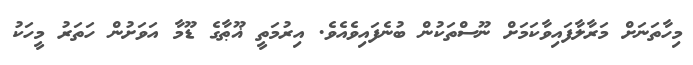
މިހާތަނަށް މަރާލާފައިވާކަމަށް ނޫސްތަކުން ބުނެފައިވެއެވެ. އިރުމަތީ ޣޫޠާގެ ޑޫމާ އަވަށުން ހަތަރު މީހަކު